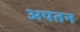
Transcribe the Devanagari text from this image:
अपतन